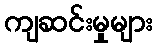
ကျဆင်းမှုများ